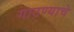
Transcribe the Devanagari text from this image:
गाठण्याचे